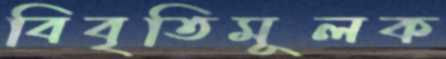
বিবৃতিমূলক